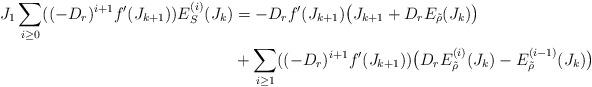
LaTeX: \begin{align*}\begin{aligned}J_1 \sum_{i\geq0} ( ({-D_r})^{i+1} f'(J_{k+1}) ) E^{(i)}_S(J_k)& = -D_r f'(J_{k+1})\big( J_{k+1} + D_r E_{\tilde\rho}(J_k) \big)\\&+ \sum_{i\geq1} ( ({-D_r})^{i+1} f'(J_{k+1}) ) \big(D_r E^{(i)}_{\tilde\rho}(J_k) - E^{(i-1)}_{\tilde\rho}(J_k)\big)\end{aligned}\end{align*}